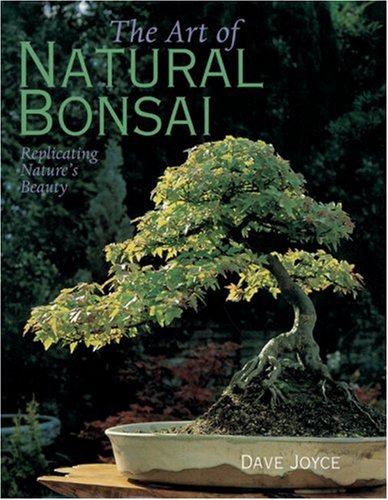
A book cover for The Art of Natural Bonsai: Replicating Nature's Beauty; David Joyce; Crafts, Hobbies & Home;